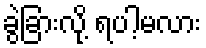
ခွဲခြားလို့ ရပါ့မလား